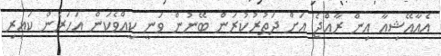
އެއާއޭޝިއާ އިން ރާއްޖެ އަށް ދަތުރުކުރަން ބޭނުން ވަނީ ކީއްވެކަން އަހަރެން ކައިރި